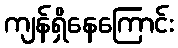
ကျန်ရှိနေကြောင်း